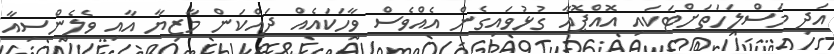
އަދި މަސްލަހަތަށްޓަކައި އޮއްޕޮއާ ގުޅުވައިގެން އެއްވެސް ވާހަކައެއް ދައްކަން މާޒިޔާ އާއި ވެލެންސިއާ